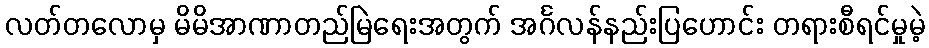
လတ်တလောမှ မိမိအာဏာတည်မြဲရေးအတွက် အင်္ဂလန်နည်းပြဟောင်း တရားစီရင်မှုမဲ့